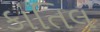
કાતિલ